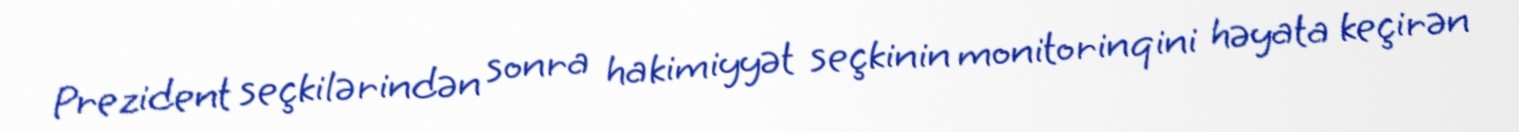
Prezident seçkilərindən sonra hakimiyyət seçkinin monitorinqini həyata keçirən